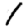
Digit: 1